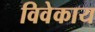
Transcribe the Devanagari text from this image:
विवेकाय